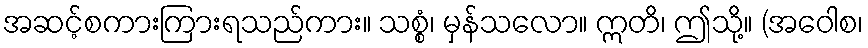
အဆင့်စကားကြားရသည်ကား။ သစ္စံ၊ မှန်သလော။ ဣတိ၊ ဤသို့။ (အဝေါစ၊